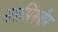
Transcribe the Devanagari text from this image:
नरसिंगवीर